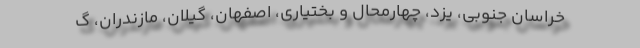
خراسان جنوبی، یزد، چهارمحال و بختیاری، اصفهان، گیلان، مازندران، گ